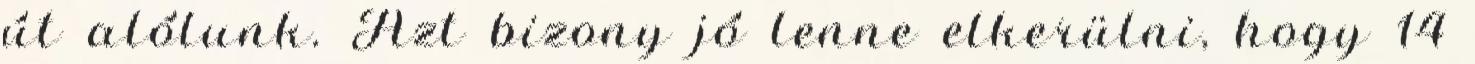
út alólunk. Azt bizony jó lenne elkerülni, hogy 14